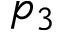
p _ { 3 }